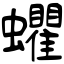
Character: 蠷